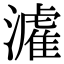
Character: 𤀶